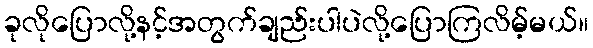
ခုလိုပြောလို့နင့်အတွက်ချည်းပါပဲလို့ပြောကြလိမ့်မယ်။